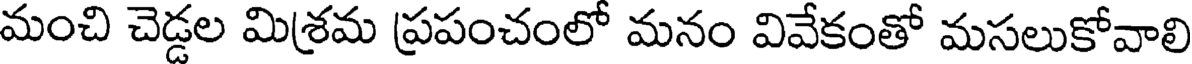
మంచి చెడ్డల మిశ్రమ ప్రపంచంలో మనం వివేకంతో మసలుకోవాలి